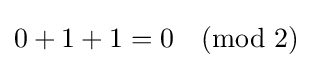
0+1+1=0{\pmod {2}}